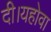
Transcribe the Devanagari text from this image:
दी।यहोवा